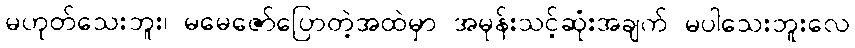
မဟုတ်သေးဘူး၊ မမေဇော်ပြောတဲ့အထဲမှာ အမုန်းသင့်ဆုံးအချက် မပါသေးဘူးလေ